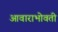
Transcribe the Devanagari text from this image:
आवाराभोवती